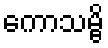
ကောသမ္ဗိ